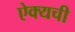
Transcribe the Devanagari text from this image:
ऐक्यची